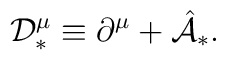
{\cal D}_{\ast}^{\mu} \equiv \partial^{\mu} + \hat{\cal A}_{\ast} .